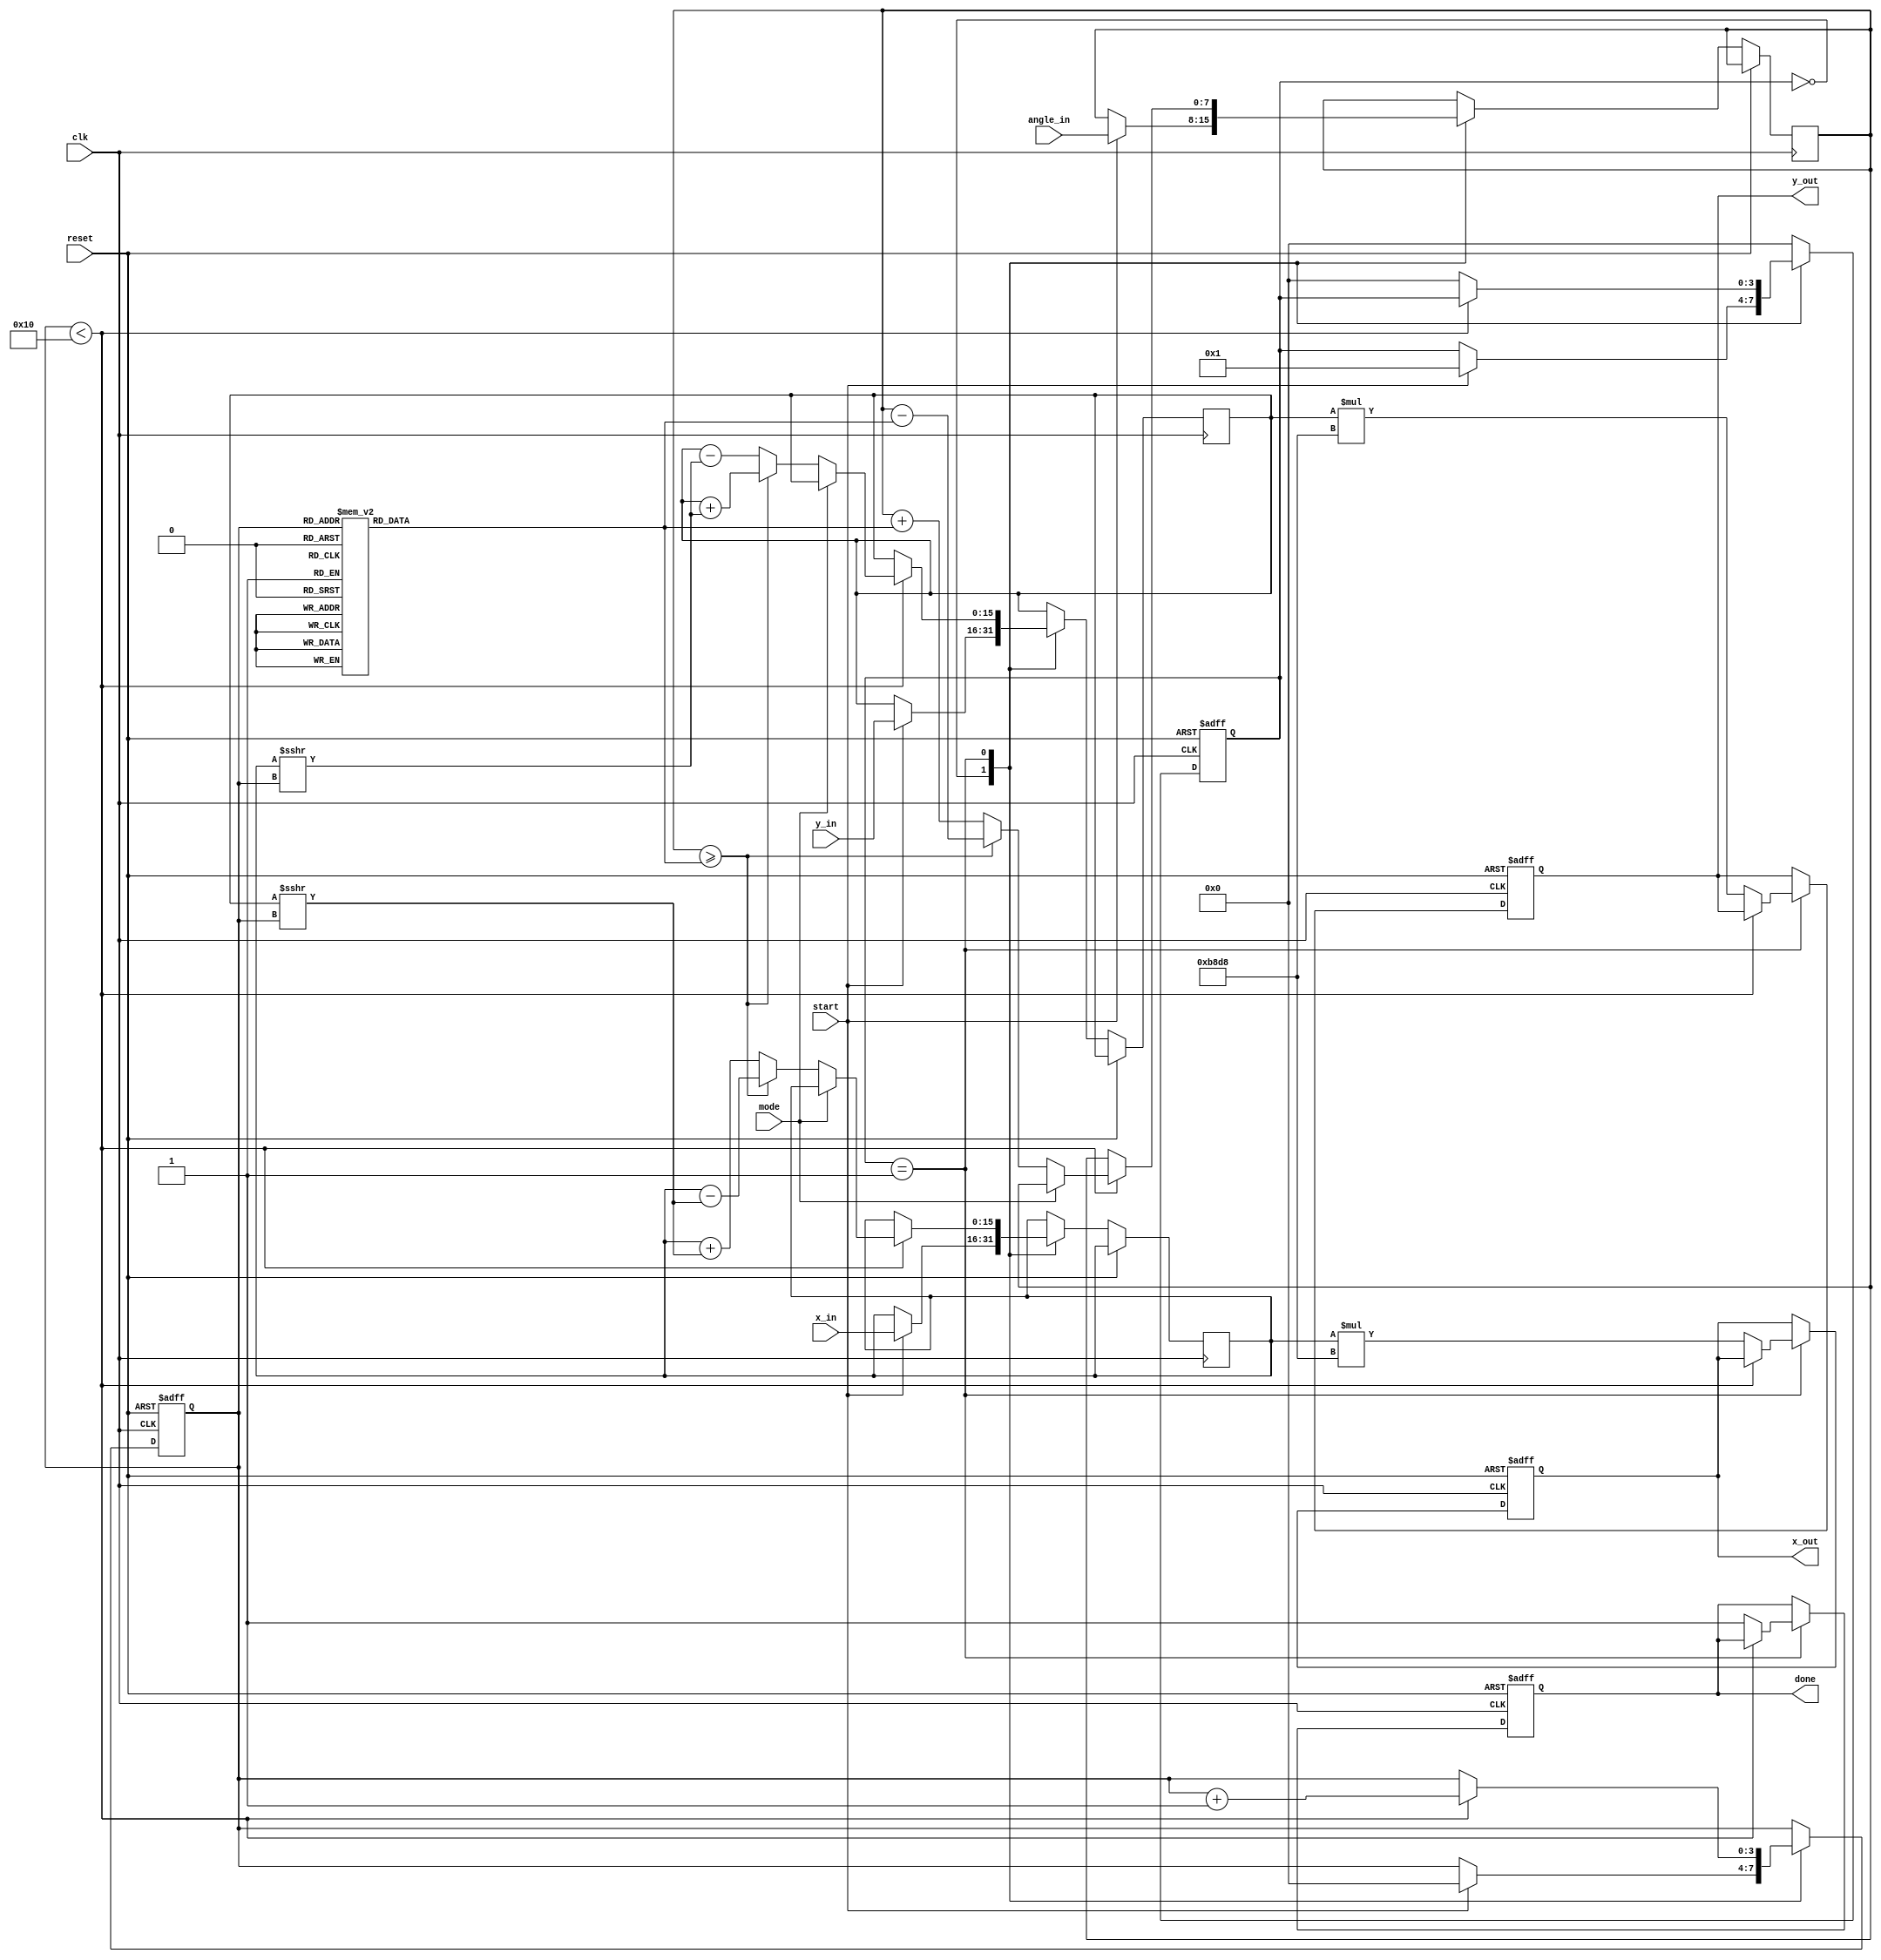
module cordic(
    input clk,
    input reset,
    input [15:0] x_in,          // Input X vector (fixed-point)
    input [15:0] y_in,          // Input Y vector (fixed-point)
    input [7:0] angle_in,       // Input angle for rotation (in degrees)
    input start,                // Start signal for operation
    input mode,                 // Mode: 0 for rotation, 1 for vectoring
    output reg [15:0] x_out,    // Output X vector
    output reg [15:0] y_out,    // Output Y vector
    output reg done              // Operation complete signal
);

    // Internal signals
    reg [15:0] x_reg, y_reg;
    reg [7:0] angle_reg;
    reg [3:0] state;
    reg [3:0] iteration_count;
    
    // CORDIC gain constant (for scaling)
    parameter CORDIC_GAIN = 16'hB8D8; // Approx. 0.6072 in fixed-point

    // Angle lookup table
    reg [7:0] atan_table [0:15]; // Pre-computed arctan values for CORDIC
    initial begin
        atan_table[0] = 8'd45;   // atan(1) = 45 degrees
        atan_table[1] = 8'd26;   // atan(0.5) = 26.565 degrees
        atan_table[2] = 8'd15;   // atan(0.25) = 14.036 degrees
        atan_table[3] = 8'd8;    // atan(0.125) = 7.125 degrees
        // ... Fill in the rest of the table
    end

    // State machine to control CORDIC operations
    always @(posedge clk or posedge reset) begin
        if (reset) begin
            state <= 0;
            done <= 0;
            iteration_count <= 0;
            x_out <= 0;
            y_out <= 0;
        end else begin
            case (state)
                0: begin // Idle state
                    if (start) begin
                        x_reg <= x_in;
                        y_reg <= y_in;
                        angle_reg <= angle_in;
                        iteration_count <= 0;
                        state <= 1;
                    end
                end
                
                1: begin // CORDIC iterations
                    if (iteration_count < 16) begin
                        if (mode == 0) begin // Rotation mode
                            if (angle_reg >= atan_table[iteration_count]) begin
                                x_reg <= x_reg - (y_reg >>> iteration_count);
                                y_reg <= y_reg + (x_reg >>> iteration_count);
                                angle_reg <= angle_reg - atan_table[iteration_count];
                            end else begin
                                x_reg <= x_reg + (y_reg >>> iteration_count);
                                y_reg <= y_reg - (x_reg >>> iteration_count);
                                angle_reg <= angle_reg + atan_table[iteration_count];
                            end
                        end else begin // Vectoring mode
                            // Implement vectoring logic here
                        end
                        iteration_count <= iteration_count + 1;
                    end else begin
                        x_out <= x_reg * CORDIC_GAIN; // Apply scaling
                        y_out <= y_reg * CORDIC_GAIN; // Apply scaling
                        done <= 1; // Operation complete
                        state <= 0; // Go back to idle
                    end
                end
                
                default: state <= 0; // Default to idle
            endcase
        end
    end

endmodule